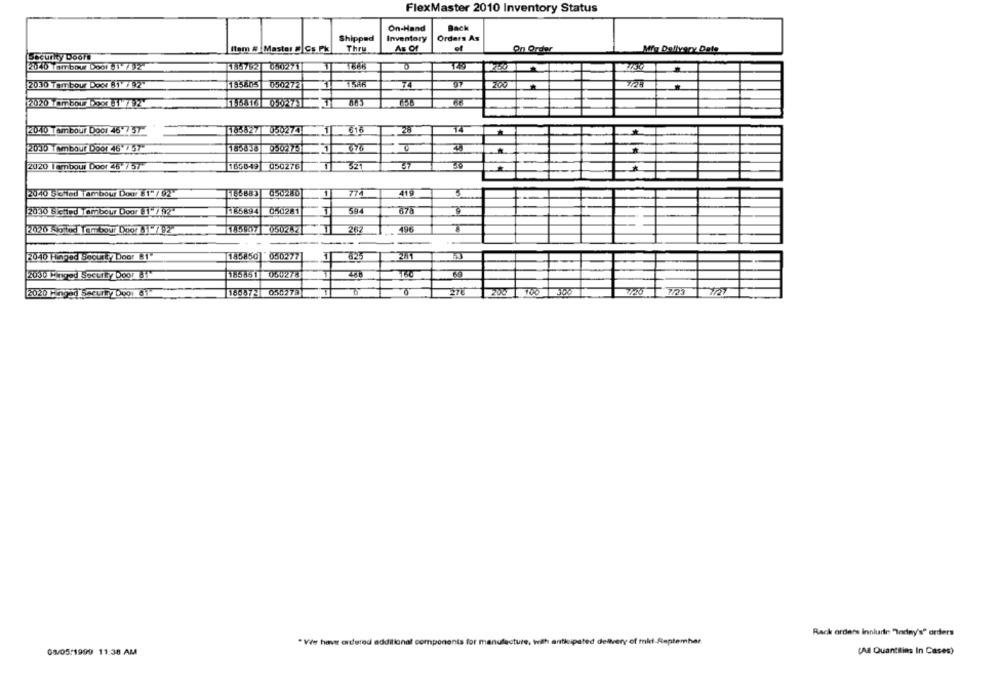
FlexMaster 2010 Inventory Status
On-Hand
Back
Shipped
Inventory
Orders As
ftem # Master #|Cs Pk
Thru
As Of
Mry Delivery Date
Security Doors
On Order
2010 Tambour Door UVA
186792050271
TR
195805
74
2030 Tambour Doct 81 7 92-
050272
2020 Tom bour best @1 AZ
(2040 Tambour Door 46'7 37
183827| 0502741
616
28
20Jb Tambour Door 46-7457"
185838
676
2020 Tambour Door 26 757
1858-49
050276
521
2040 5 Ched Tambour Door 81 /92"
166883
050280
1
774
419
2030 Sietied Tambour Door 81 / 92"
185894
050281
59
9
2020 Solod Tambour Door 72
496
--.
2040 Hinged SecurtyDoor 81"
145850]
050277
625
271
2030 Ringed Security Door Bi"
185651
2020 Hinged Securty Doo: 61-
1669721
030279
100 1 300
Rack orders inniurie Today's" orders
* Ve haver ordered additional components for manufacture, with anticipated delivery of mid-September.
08/05/1999 11:38 AM
(Ad Quantities In Cases)